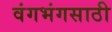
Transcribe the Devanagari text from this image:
वंगभंगसाठी